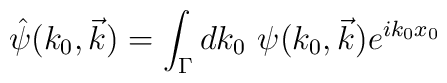
\hat\psi(k_0,\vec{k})=\int_\Gamma dk_0~\psi(k_0,\vec{k})e^{ik_0x_0}